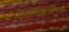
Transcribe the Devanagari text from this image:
निवडूंगांनीयुक्त